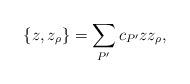
LaTeX: \begin{align*} \{z, z_\rho\} =\sum_{P'}c_{P'}zz_\rho,\end{align*}